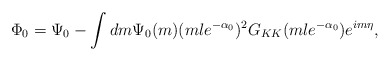
\begin{align*}\Phi_0= \Psi_0 - \int dm \Psi_0(m) (ml e^{-\alpha_0})^2G_{KK}(m l e^{-\alpha_0}) e^{i m \eta}, \end{align*}